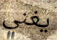
يغني